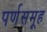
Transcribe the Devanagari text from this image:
पर्णसमूह